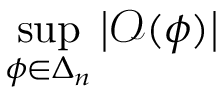
\operatorname* { s u p } _ { \phi \in \Delta _ { n } } \left\vert \mathcal { O } ( \phi ) \right\vert